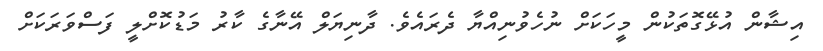
އިޝާން އުޅޭގޮތަކުން މީހަކަށް ނުހެވުނިއްޔާ ދެރައެވެ. ދާނިޔަލް އޭނާގެ ކާރު މަޑުކޮށްލީ ފަސްވަރަކަށް